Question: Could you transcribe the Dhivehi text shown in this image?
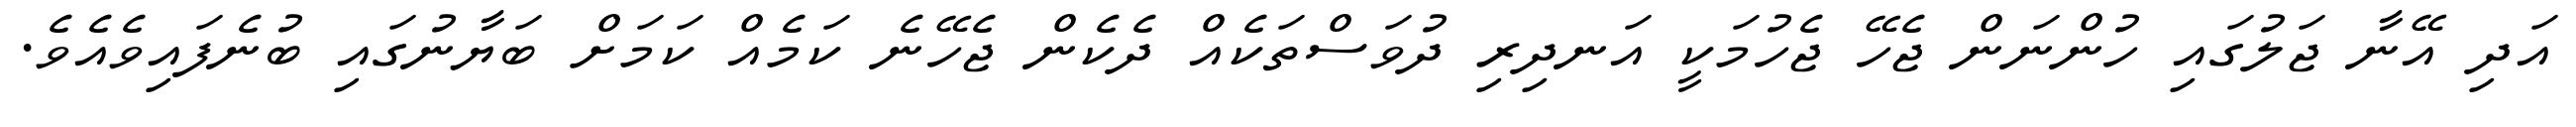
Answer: އަދި އޭނާ ޖަލުގައި ހުންނަން ޖެހޭ ޖެހުމަކީ އަނދިރި ދުވަސްތަކެއް ދެކެން ޖެހޭނެ ކަމެއް ކަމަށް ބަޔާނުގައި ބުނެފައިވެއެވެ.